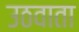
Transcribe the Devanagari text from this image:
उठवाता